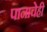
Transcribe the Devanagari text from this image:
पानाचेही